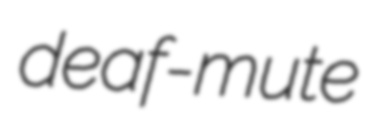
deaf-mute